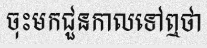
ចុះមកជួនកាលទៅឮថា